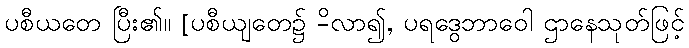
ပစီယတေ ပြီး၏။ [ပစီယျတေ၌ -ိလာ၍, ပရဒွေဘာဝေါ ဌာနေသုတ်ဖြင့်